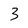
Character: 3